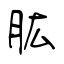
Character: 肱